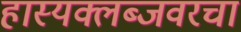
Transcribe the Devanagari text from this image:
हास्यक्लब्जवरचा